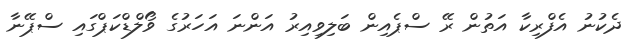
ދެކުނު އެފްރިކާ އަތުން ރޭ ސްޕެއިން ބަލިވިއިރު އަންނަ އަހަރުގެ ވޯލްޑްކަޕްގައި ސްޕޭނާ